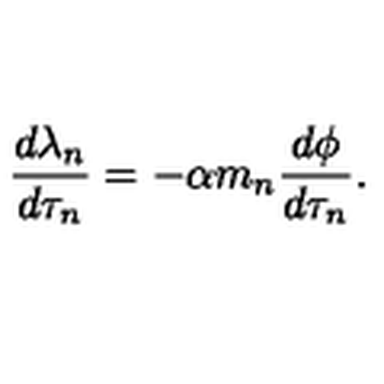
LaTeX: \frac { d \lambda _ { n } } { d \tau _ { n } } = - \alpha m _ { n } \frac { d \phi } { d \tau _ { n } } .